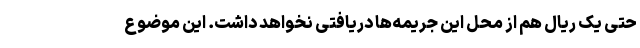
حتی یک ریال هم از محل این جریمه‌ها دریافتی نخواهد داشت. این موضوع